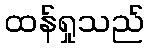
ထန်ရှုသည်